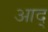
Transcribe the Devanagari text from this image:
आद्